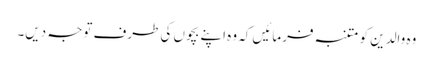
وہ والدین کو متنبہ فرمائیں کہ وہ اپنے بچوں کی طرف توجہ دیں۔